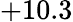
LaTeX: +10.3